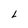
Character: L